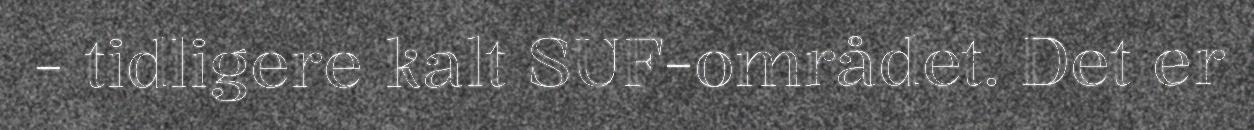
- tidligere kalt SUF-området. Det er